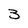
Character: 3